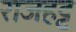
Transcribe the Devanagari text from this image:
राजहट्ट